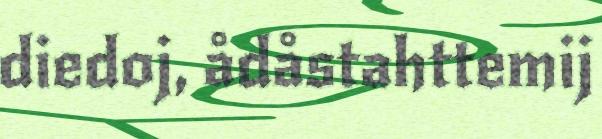
diedoj, ådåstahttemij